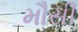
મૌસી